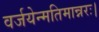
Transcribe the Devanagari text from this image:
वर्जयेन्मतिमान्नरः।